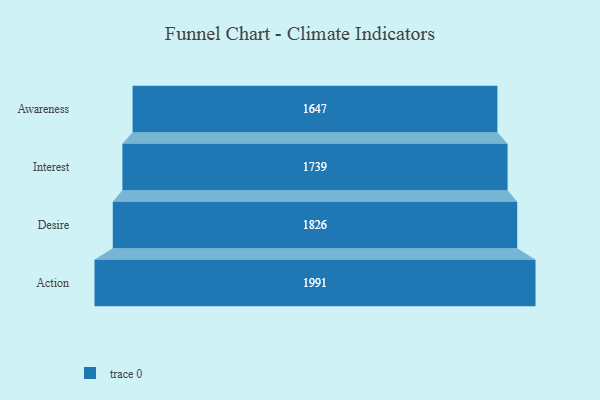
{"axis": {"x": "Stage", "y": "Value"}, "legend": [""], "data": [{"x": "Awareness", "y": 1647.0, "type": ""}, {"x": "Interest", "y": 1739.0, "type": ""}, {"x": "Desire", "y": 1826.0, "type": ""}, {"x": "Action", "y": 1991.0, "type": ""}]}